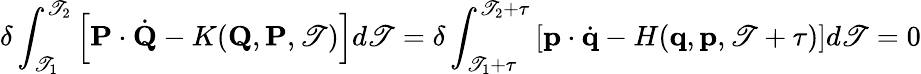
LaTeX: \delta\int_{\mathscr{T}_{1}}^{\mathscr{T}_{2}}\left[\mathbf{{P}}\cdot{\dot{{\mathbf{{Q}}}}}-K(\mathbf{{Q}},\mathbf{{P}},\mathscr{T})\right]d\mathscr{T}=\delta\int_{\mathscr{T}_{1}+\tau}^{\mathscr{T}_{2}+\tau}\left[\mathbf{{p}}\cdot{\dot{{\mathbf{{q}}}}}-H(\mathbf{{q}},\mathbf{{p}},\mathscr{T}+\tau)\right]d\mathscr{T}=0